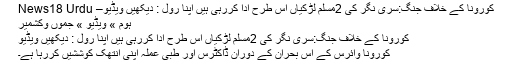
کورونا کے خلاف جنگ:سری نگر کی 2مسلم لڑکیاں اس طرح ادا کررہی ہیں اپنا رول : دیکھیں ویڈیو– News18 Urdu
ہوم » ویڈیو » جموں وکشمیر
کورونا کے خلاف جنگ:سری نگر کی 2مسلم لڑکیاں اس طرح ادا کررہی ہیں اپنا رول : دیکھیں ویڈیو
کورونا وائرس کے اس بحران کے دوران ڈاکٹرس اور طبی عملہ اپنی انتھک کوششیں کررہا ہے۔